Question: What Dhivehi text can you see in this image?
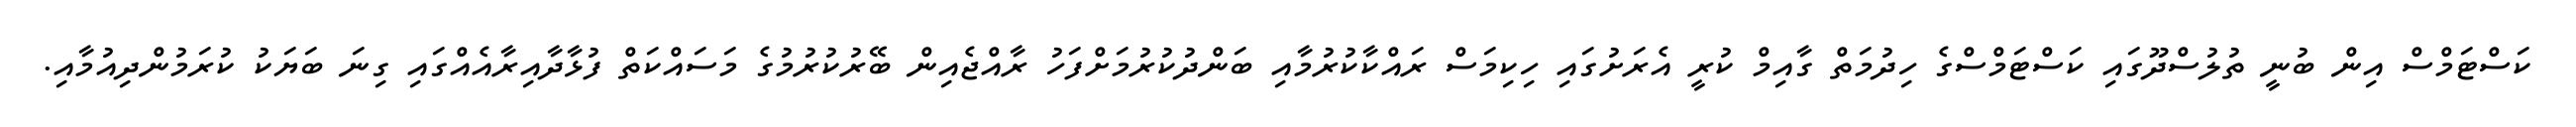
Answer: ކަސްޓަމްސް އިން ބުނީ ތުލުސްދޫގައި ކަސްޓަމްސްގެ ހިދުމަތް ގާއިމް ކުރީ އެރަށުގައި ހިކިމަސް ރައްކާކުރުމާއި ބަންދުކުރުމަށްފަހު ރާއްޖެއިން ބޭރުކުރުމުގެ މަސައްކަތް ފުޅާދާއިރާއެއްގައި ގިނަ ބަޔަކު ކުރަމުންދިއުމާއި.